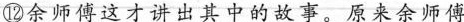
⑫余师傅这才讲出其中的故事。原来余师傅